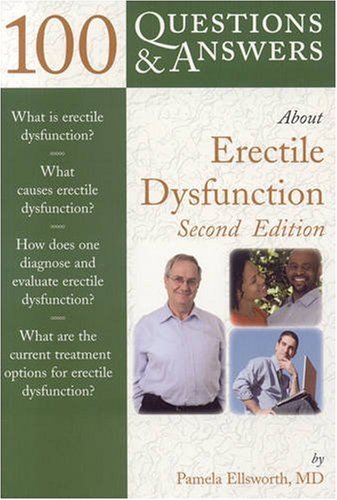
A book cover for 100 Questions  &  Answers About Erectile Dysfunction; Pamela Ellsworth; Health, Fitness & Dieting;